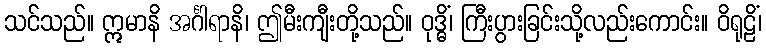
သင်သည်။ ဣမာနိ အင်္ဂါရာနိ၊ ဤမီးကျီးတို့သည်။ ဝုဒ္ဓိံ၊ ကြီးပွားခြင်းသို့လည်းကောင်း။ ဝိရုဠိံ၊